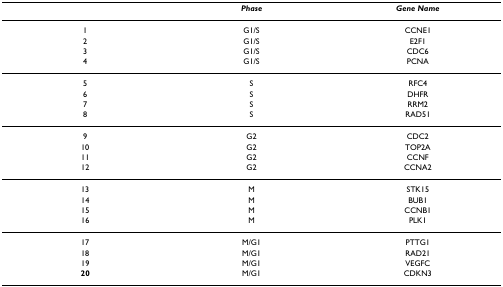
|  | Phase | Gene Name |
 | --- | --- | --- |
 | 1 | G1/S | CCNE1 |
 | 2 | G1/S | E2F1 |
 | 3 | G1/S | CDC6 |
 | 4 | G1/S | PCNA |
 | 5 | S | RFC4 |
 | 6 | S | DHFR |
 | 7 | S | RRM2 |
 | 8 | S | RAD51 |
 | 9 | G2 | CDC2 |
 | 10 | G2 | TOP2A |
 | 11 | G2 | CCNF |
 | 12 | G2 | CCNA2 |
 | 13 | M | STK15 |
 | 14 | M | BUB1 |
 | 15 | M | CCNB1 |
 | 16 | M | PLK1 |
 | 17 | M/G1 | PTTG1 |
 | 18 | M/G1 | RAD21 |
 | 19 | M/G1 | VEGFC |
 | 20 | M/G1 | CDKN3 |